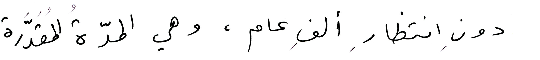
دونِ انتظارِ ألفِ عام، وهي المدّةُ المُقَدَّرة